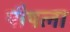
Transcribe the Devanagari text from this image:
पौषला